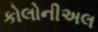
કોલોનીઅલ